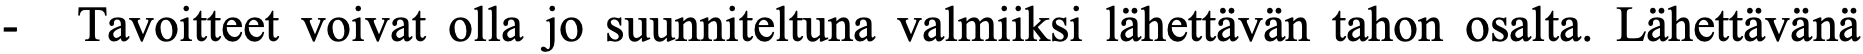
- Tavoitteet voivat olla jo suunniteltuna valmiiksi lähettävän tahon osalta. Lähettävänä